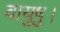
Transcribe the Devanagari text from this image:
वायुषु।